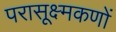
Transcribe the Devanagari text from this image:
परासूक्ष्मकणों